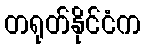
တရုတ်နိုင်ငံက